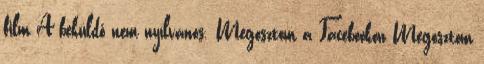
film A beküldő nem nyílvános. Megosztom a Facebookon Megosztom